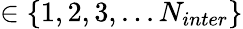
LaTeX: \in\{ 1,2,3,...N_{inter}\}